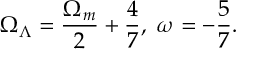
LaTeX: \Omega _ { \Lambda } = \frac { \Omega _ { m } } { 2 } + \frac { 4 } { 7 } , \ \omega = - \frac { 5 } { 7 } .